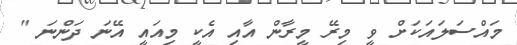
މައްސަލައަކަށް ވީ މިރޭ މީރާން އާއި އެކީ މިއައީ އޭނަ ދަންނަ "